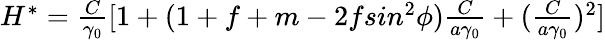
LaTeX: \begin{array}{r}{H^{*}=\frac{C}{\gamma_{0}}[1+(1+f+m-2fsin^{2}\phi)\frac{C}{a\gamma_{0}}+(\frac{C}{a\gamma_{0}})^{2}]}\end{array}